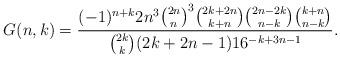
LaTeX: \begin{align*}G(n,k)=\frac{(-1)^{n+k}2 n^3 \binom{2 n}{n}^3 \binom{2 k+2 n}{k+n} \binom{2 n-2 k}{n-k} \binom{k+n}{n-k}}{\binom{2 k}{k} (2 k+2 n-1) 16^{-k+3 n-1}}.\end{align*}